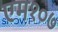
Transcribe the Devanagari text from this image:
एम१०७